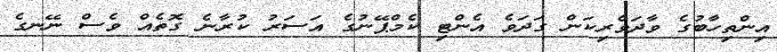
އިންތިހާބުގެ ވާދަވެރިކަން ގަދަވެ އެންޓި ކެމްޕޭނުގެ އަސަރު ކުރާނެ ގޮތެއް ވެސް ނޭނގެ